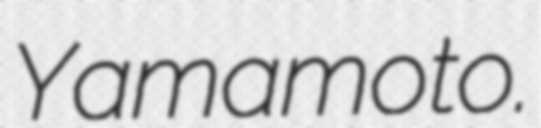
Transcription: Yamamoto.